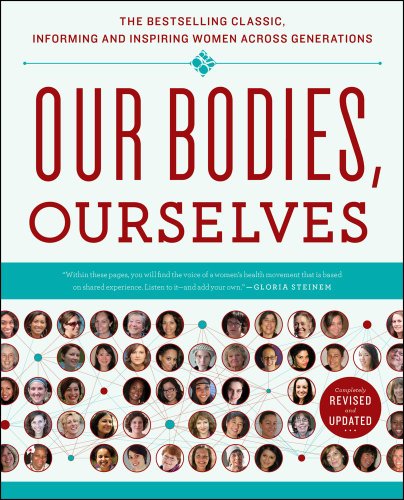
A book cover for Our Bodies, Ourselves; Boston Women's Health Book Collective; Self-Help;